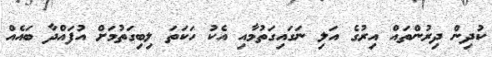
ކުދިން ދިރުންތައް އިރުގެ އަލި ނަގައިގަތުމާއި އެކު ހަކަތަ ލިބިގަތުމަށް އުފައްދާ ބައެއް